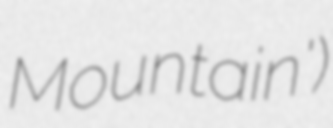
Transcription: Mountain')